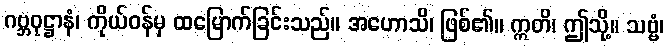
ဂဗ္ဘဝုဋ္ဌာနံ၊ ကိုယ်ဝန်မှ ထမြောက်ခြင်းသည်။ အဟောသိ၊ ဖြစ်၏။ ဣတိ၊ ဤသို့။ သဗ္ဗံ၊